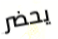
يحضر